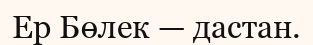
Ер Бөлек — дастан.